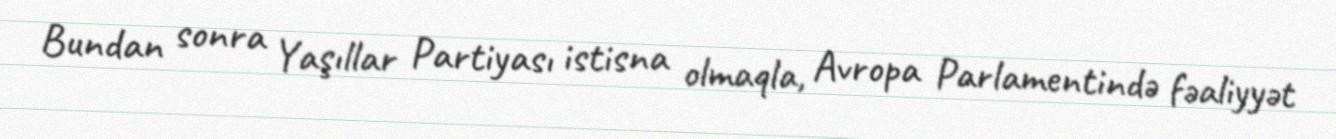
Bundan sonra Yaşıllar Partiyası istisna olmaqla, Avropa Parlamentində fəaliyyət